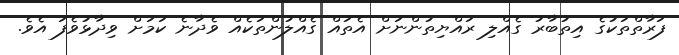
ފަރާތްތަކުގެ އިތުބާރު ގެއްލި ރައްޔިތުންނަށް އެތައް ގެއްލުންތަކެއް ވެދާނެ ކަމަށް ވިދާޅުވެފަ އެވެ.